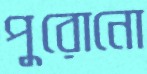
পুরোনো